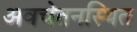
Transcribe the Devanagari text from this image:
अवचेतनस्थित